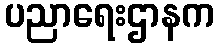
ပညာရေးဌာနက